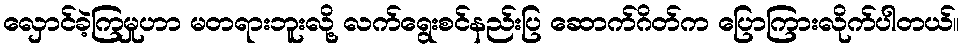
လှောင်ခဲ့ကြမှုဟာ မတရားဘူးလို့ လက်ရွေးစင်နည်းပြ ဆောက်ဂိတ်က ပြောကြားလိုက်ပါတယ်။